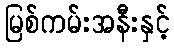
မြစ်ကမ်းအနီးနှင့်